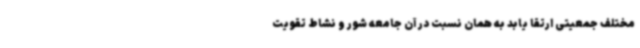
مختلف جمعیتی ارتقا یابد به همان نسبت در آن جامعه شور و نشاط تقویت